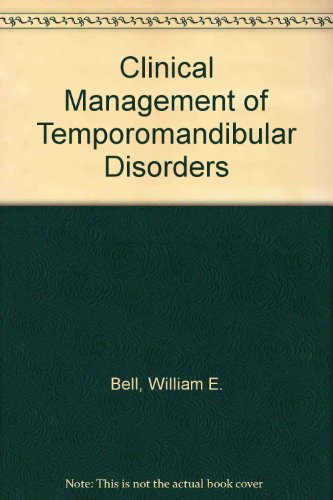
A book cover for Clinical management of temporomandibular disorders; Welden E Bell; Medical Books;